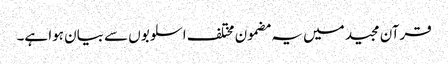
قرآن مجید میں یہ مضمون مختلف اسلوبوں سے بیان ہوا ہے۔